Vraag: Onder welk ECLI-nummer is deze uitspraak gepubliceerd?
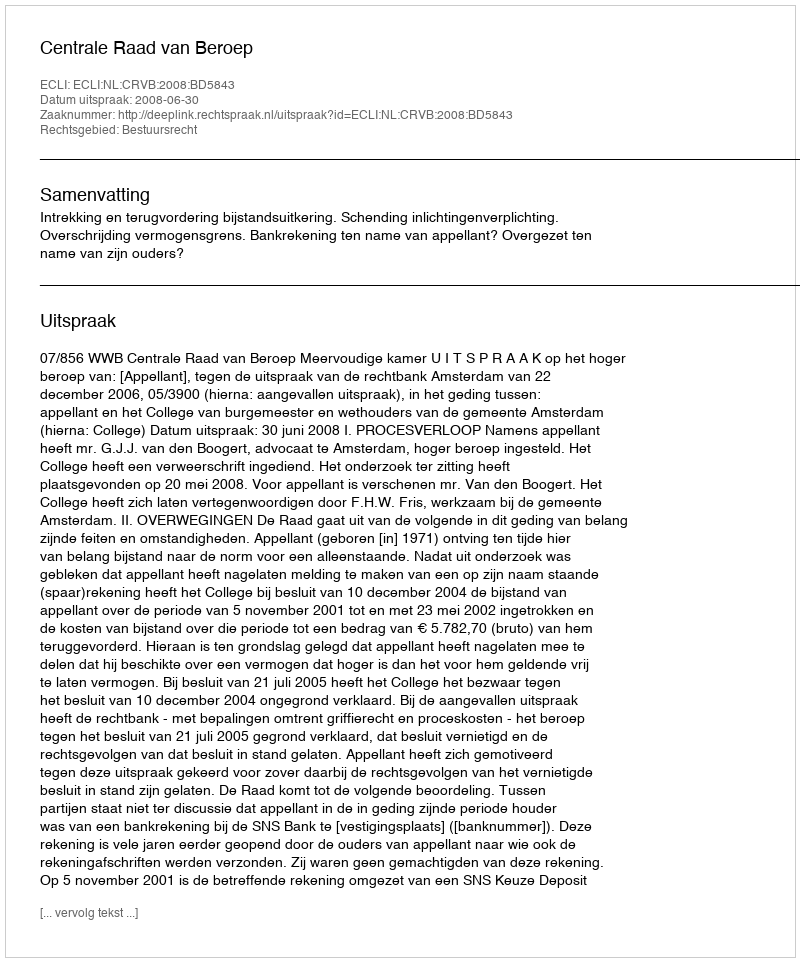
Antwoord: ECLI:NL:CRVB:2008:BD5843